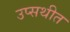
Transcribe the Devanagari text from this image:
उप्सथीत